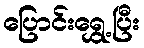
ပြောင်းရွှေ့ပြီး